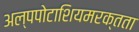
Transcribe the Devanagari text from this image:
अल्पपोटाशियमरक्तता